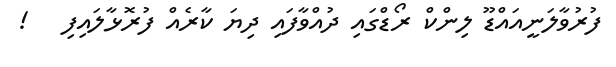
ފުރުވާލަނީއައްޑޫ ލިންކް ރޯޑްގައި ދުއްވާފައި ދިޔަ ކާރެއް ފުރޮޅާލައިފި   !